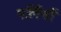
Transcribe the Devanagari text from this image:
पर्लिनों